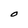
Character: O